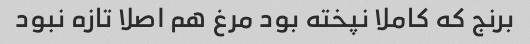
برنج که کاملا نپخته بود مرغ هم اصلا تازه نبود